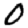
Digit: 0